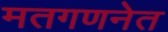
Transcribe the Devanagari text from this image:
मतगणनेत